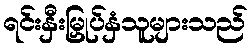
ရင်းနှီးမြှုပ်နှံသူများသည်